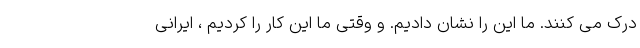
درک می کنند. ما این را نشان دادیم. و وقتی ما این کار را کردیم ، ایرانی